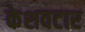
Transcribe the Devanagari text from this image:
केशवटार